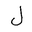
Letter: _lam